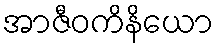
အာဇီဝကိနိယော